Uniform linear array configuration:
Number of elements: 48
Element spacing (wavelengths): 0.5
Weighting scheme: blackman
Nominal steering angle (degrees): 30
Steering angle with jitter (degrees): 31.786
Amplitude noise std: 0.05
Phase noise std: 0.05

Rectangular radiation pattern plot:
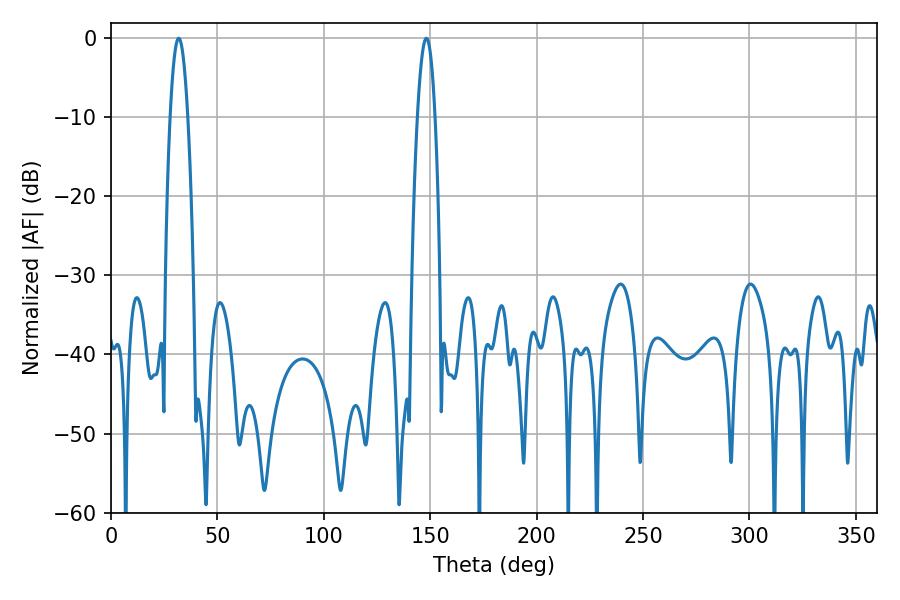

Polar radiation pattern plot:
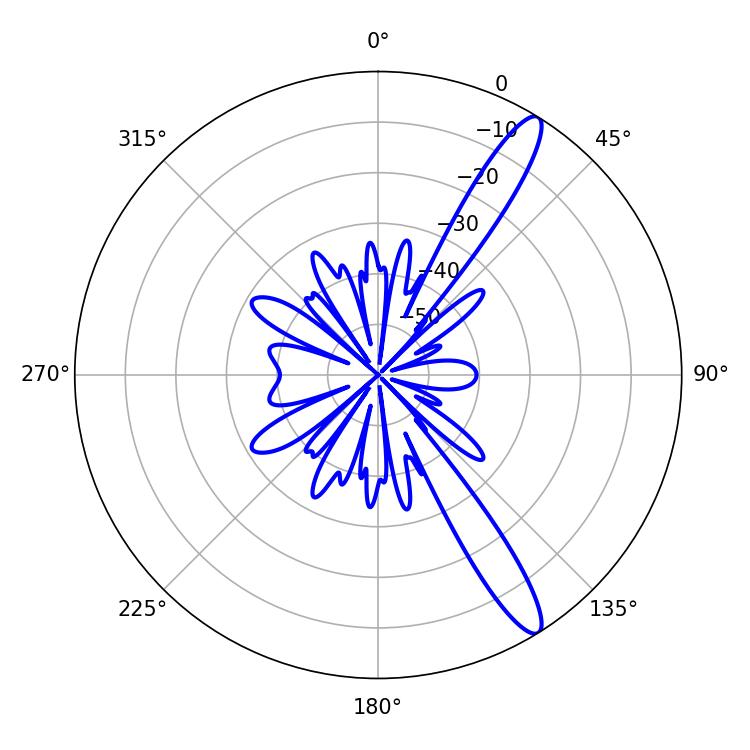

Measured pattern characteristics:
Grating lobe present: FALSE
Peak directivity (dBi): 13.439
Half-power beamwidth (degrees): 4.5
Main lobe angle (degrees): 31.86